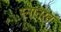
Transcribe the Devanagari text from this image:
स्नानरत